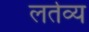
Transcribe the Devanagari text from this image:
लर्तव्य